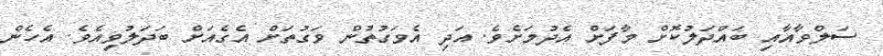
ސަލްވާއާއި ބައްދަލުކޮށް މާފަށް އެދުމަށެވެ. އަދި އެވަގުތުން ވަގުތަށް އެގެއަށް ބަދަލުވިއެވެ. އެހެން